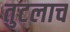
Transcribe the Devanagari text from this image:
तुटलाच